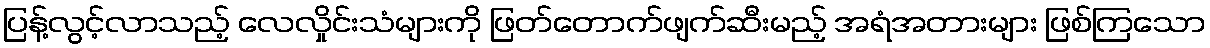
ပြန့်လွင့်လာသည့် လေလှိုင်းသံများကို ဖြတ်တောက်ဖျက်ဆီးမည့် အရံအတားများ ဖြစ်ကြသော